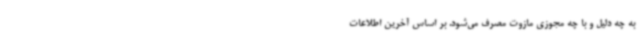
به چه دلیل و با چه مجوزی مازوت مصرف می‌شود. بر اساس آخرین اطلاعات